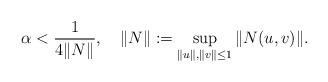
LaTeX: \begin{align*}\alpha<\frac{1}{4\|N\|},\quad\|N\|:=\sup\limits_{\|u\|,\|v\|\leq1}\|N(u,v)\|.\end{align*}